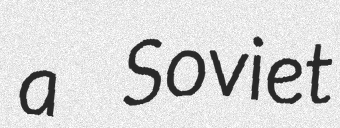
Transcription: a Soviet